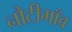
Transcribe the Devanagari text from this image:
नौटीगाँव